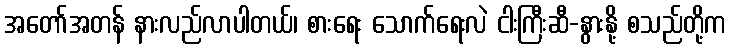
အတော်အတန် နားလည်လာပါတယ်၊ စားရေး သောက်ရေးလဲ ငါးကြီးဆီ-နွားနို့ စသည်တို့က